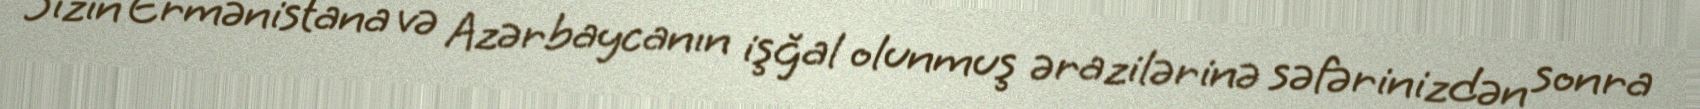
Sizin Ermənistana və Azərbaycanın işğal olunmuş ərazilərinə səfərinizdən sonra